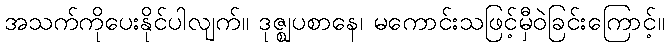
အသက်ကိုပေးနိုင်ပါလျက်။ ဒုဇ္ဈပစာနေ၊ မကောင်းသဖြင့်မှီဝဲခြင်းကြောင့်။